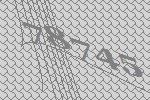
78745